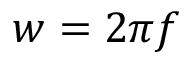
w = 2 \pi f